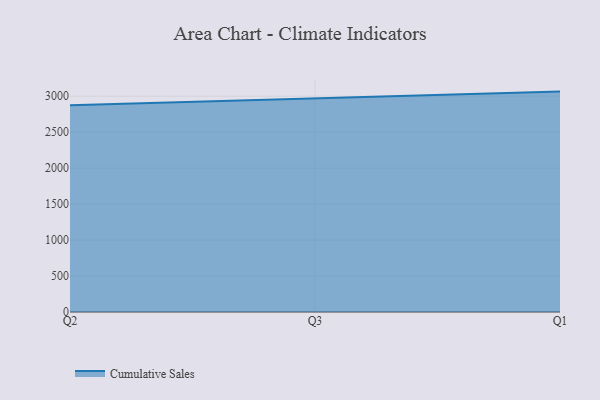
{"axis": {"x": "Quarter", "y": "Tickets Resolved"}, "legend": ["Cumulative Sales"], "data": [{"x": "Q2", "y": 2874.8, "type": "Cumulative Sales"}, {"x": "Q3", "y": 2971.4, "type": "Cumulative Sales"}, {"x": "Q1", "y": 3064.1, "type": "Cumulative Sales"}]}